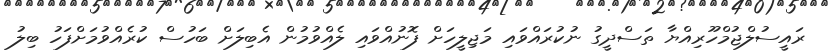
ރައީސުލްޖުމްހޫރިއްޔާ ތަސްދީގު ނުކުރައްވައި މަޖިލީހަށް ފޮނުއްވައި ލެއްވުމުން އެބިލަށް ބަހުސް ކުރެއްވުމަށްފަހު ބިލު